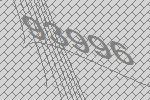
93996